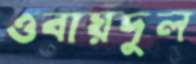
ওবায়দুল